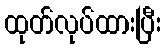
ထုတ်လုပ်ထားပြီး